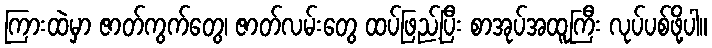
ကြားထဲမှာ ဇာတ်ကွက်တွေ၊ ဇာတ်လမ်းတွေ ထပ်ဖြည့်ပြီး စာအုပ်အထူကြီး လုပ်ပစ်ဖို့ပါ။